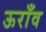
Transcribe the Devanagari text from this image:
ऊराँव